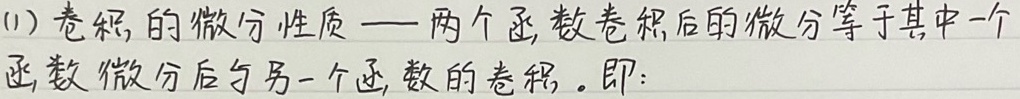
(1) 卷积的微分性质—两个函数卷积后的微分等于其中一个
函数微分后与另一个函数的卷积。即：